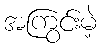
အကြွင်းမဲ့